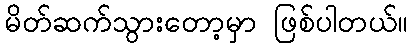
မိတ်ဆက်သွားတော့မှာ ဖြစ်ပါတယ်။